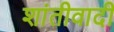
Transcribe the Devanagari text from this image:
शांतीवादी